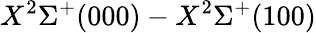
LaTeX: X^{2}\Sigma^{+}(000)-X^{2}\Sigma^{+}(100)